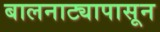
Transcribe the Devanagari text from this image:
बालनाट्यापासून